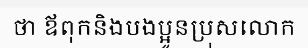
ថា ឪពុកនិងបងប្អូនប្រុសលោក